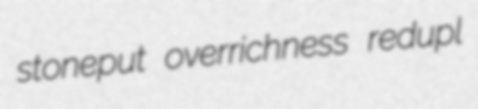
stoneput overrichness redupl